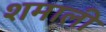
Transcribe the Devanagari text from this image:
शमाली